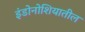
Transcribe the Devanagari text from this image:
इंडोनोशियातील